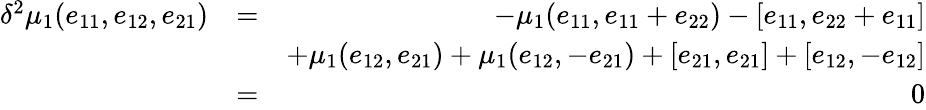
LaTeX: \begin{array}{rlr}{\delta^{2}\mu_{1}(e_{11},e_{12},e_{21})}&{=}&{-\mu_{1}(e_{11},e_{11}+e_{22})-[e_{11},e_{22}+e_{11}]}\\ &{}&{+\mu_{1}(e_{12},e_{21})+\mu_{1}(e_{12},-e_{21})+[e_{21},e_{21}]+[e_{12},-e_{12}]}\\ &{=}&{0}\end{array}